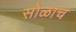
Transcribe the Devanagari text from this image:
सोळाच